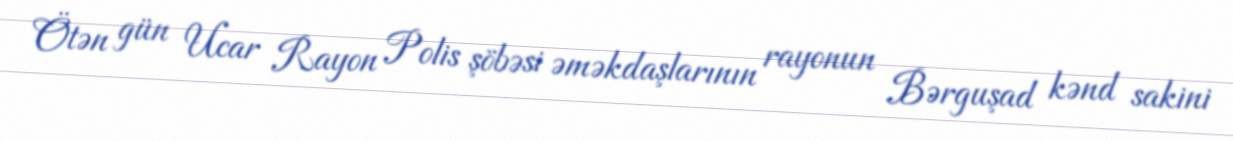
Ötən gün Ucar Rayon Polis şöbəsi əməkdaşlarının rayonun Bərguşad kənd sakini